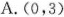
A.(0，3)